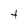
Character: t